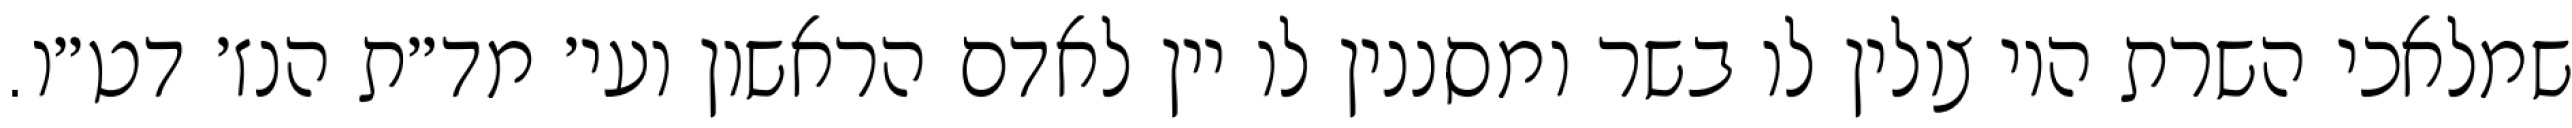
שמלאכי השרת היו צולין לו בשר ומסננין לו יין לאדם הראשון ועי׳ מד״ת הנז׳ דט״ו.